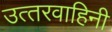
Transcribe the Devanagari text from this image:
उत्‍तरवाहिनी